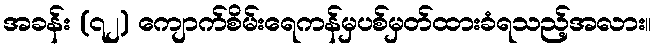
အခန်း (၇၂) ကျောက်စိမ်းရေကန်မှပစ်မှတ်ထားခံရသည့်အလား။